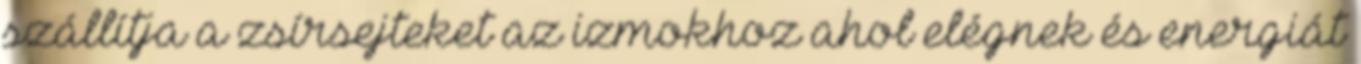
szállítja a zsírsejteket az izmokhoz ahol elégnek és energiát